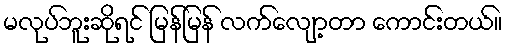
မလုပ်ဘူးဆိုရင် မြန်မြန် လက်လျော့တာ ကောင်းတယ်။